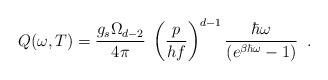
LaTeX: \begin{align*}Q(\omega, T) = \frac{g_s \Omega_{d - 2}}{4 \pi} \; \left( \frac{p}{h f} \right)^{d - 1} \frac{\hbar \omega}{(e^{\beta \hbar \omega} - 1)} \; \; .\end{align*}